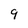
Character: 9